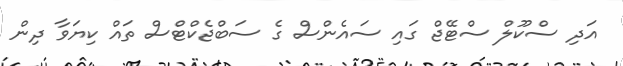
އަދި ސްކޫލް ސްޓޭޖް ގައި ސައެންސް ގެ ސަބްޖެކްޓްސް ތައް ކިޔަވާ ދިން